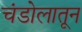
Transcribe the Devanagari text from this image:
चंडोलातून